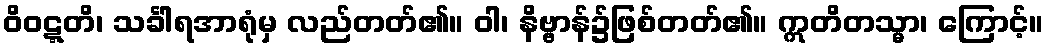
ဝိဝဋ္ဋတိ၊ သင်္ခါရအာရုံမှ လည်တတ်၏။ ဝါ၊ နိဗ္ဗာန်၌ဖြစ်တတ်၏။ ဣတိတသ္မာ၊ ကြောင့်။